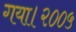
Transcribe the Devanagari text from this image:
गया।२००५